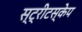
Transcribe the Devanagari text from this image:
स्ट्रीटस्केप